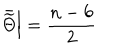
LaTeX: \left. \bar { \widetilde { \Theta } } \right| = \frac { n - 6 } { 2 }